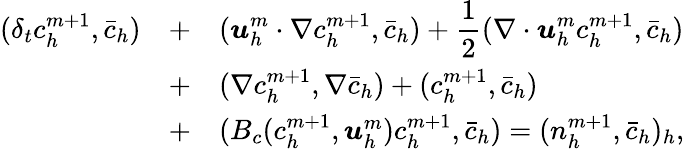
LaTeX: \begin{array}{rcl}{(\delta_{t}c_{h}^{m+1},\bar{c}_{h})}&{+}&{\displaystyle({\boldsymbol u}_{h}^{m}\cdot\nabla c_{h}^{m+1},\bar{c}_{h})+\frac{1}{2}(\nabla\cdot{\boldsymbol u}_{h}^{m}c_{h}^{m+1},\bar{c}_{h})}\\ &{+}&{(\nabla c_{h}^{m+1},\nabla\bar{c}_{h})+(c_{h}^{m+1},\bar{c}_{h})}\\ &{+}&{(B_{c}(c_{h}^{m+1},{\boldsymbol u}_{h}^{m})c_{h}^{m+1},\bar{c}_{h})=(n_{h}^{m+1},\bar{c}_{h})_{h},}\end{array}